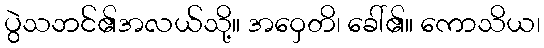
ပွဲသဘင်၏အလယ်သို့။ အဝှေတိ၊ ခေါ်၏။ ကောသိယ၊